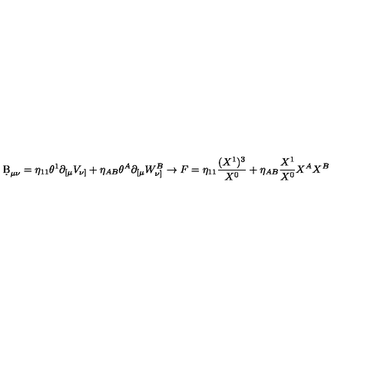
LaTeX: \d B _ { \mu \nu } = \eta _ { 1 1 } \theta ^ { 1 } \partial _ { [ \mu } V _ { \nu ] } + \eta _ { A B } \theta ^ { A } \partial _ { [ \mu } W _ { \nu ] } ^ { B } \rightarrow F = \eta _ { 1 1 } \frac { ( X ^ { 1 } ) ^ { 3 } } { X ^ { 0 } } + \eta _ { A B } \frac { X ^ { 1 } } { X ^ { 0 } } X ^ { A } X ^ { B }